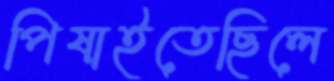
পিষাইতেছিলে